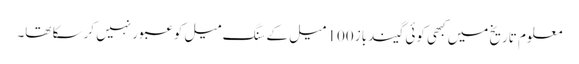
معلوم تاریخ میں کبھی کوئی گیندباز 100 میل کے سنگ میل کو عبور نہیں کرسکا تھا۔